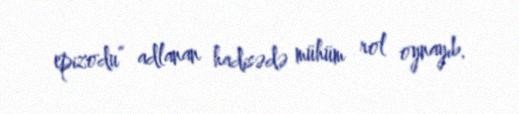
epizodu” adlanan hadisədə mühüm rol oynayıb.